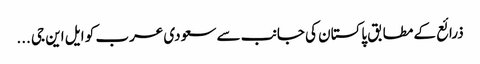
ذرائع کے مطابق پاکستان کی جانب سے سعودی عرب کو ایل این جی ...